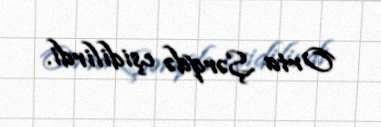
Orta Şərqdə eşidilirdi.